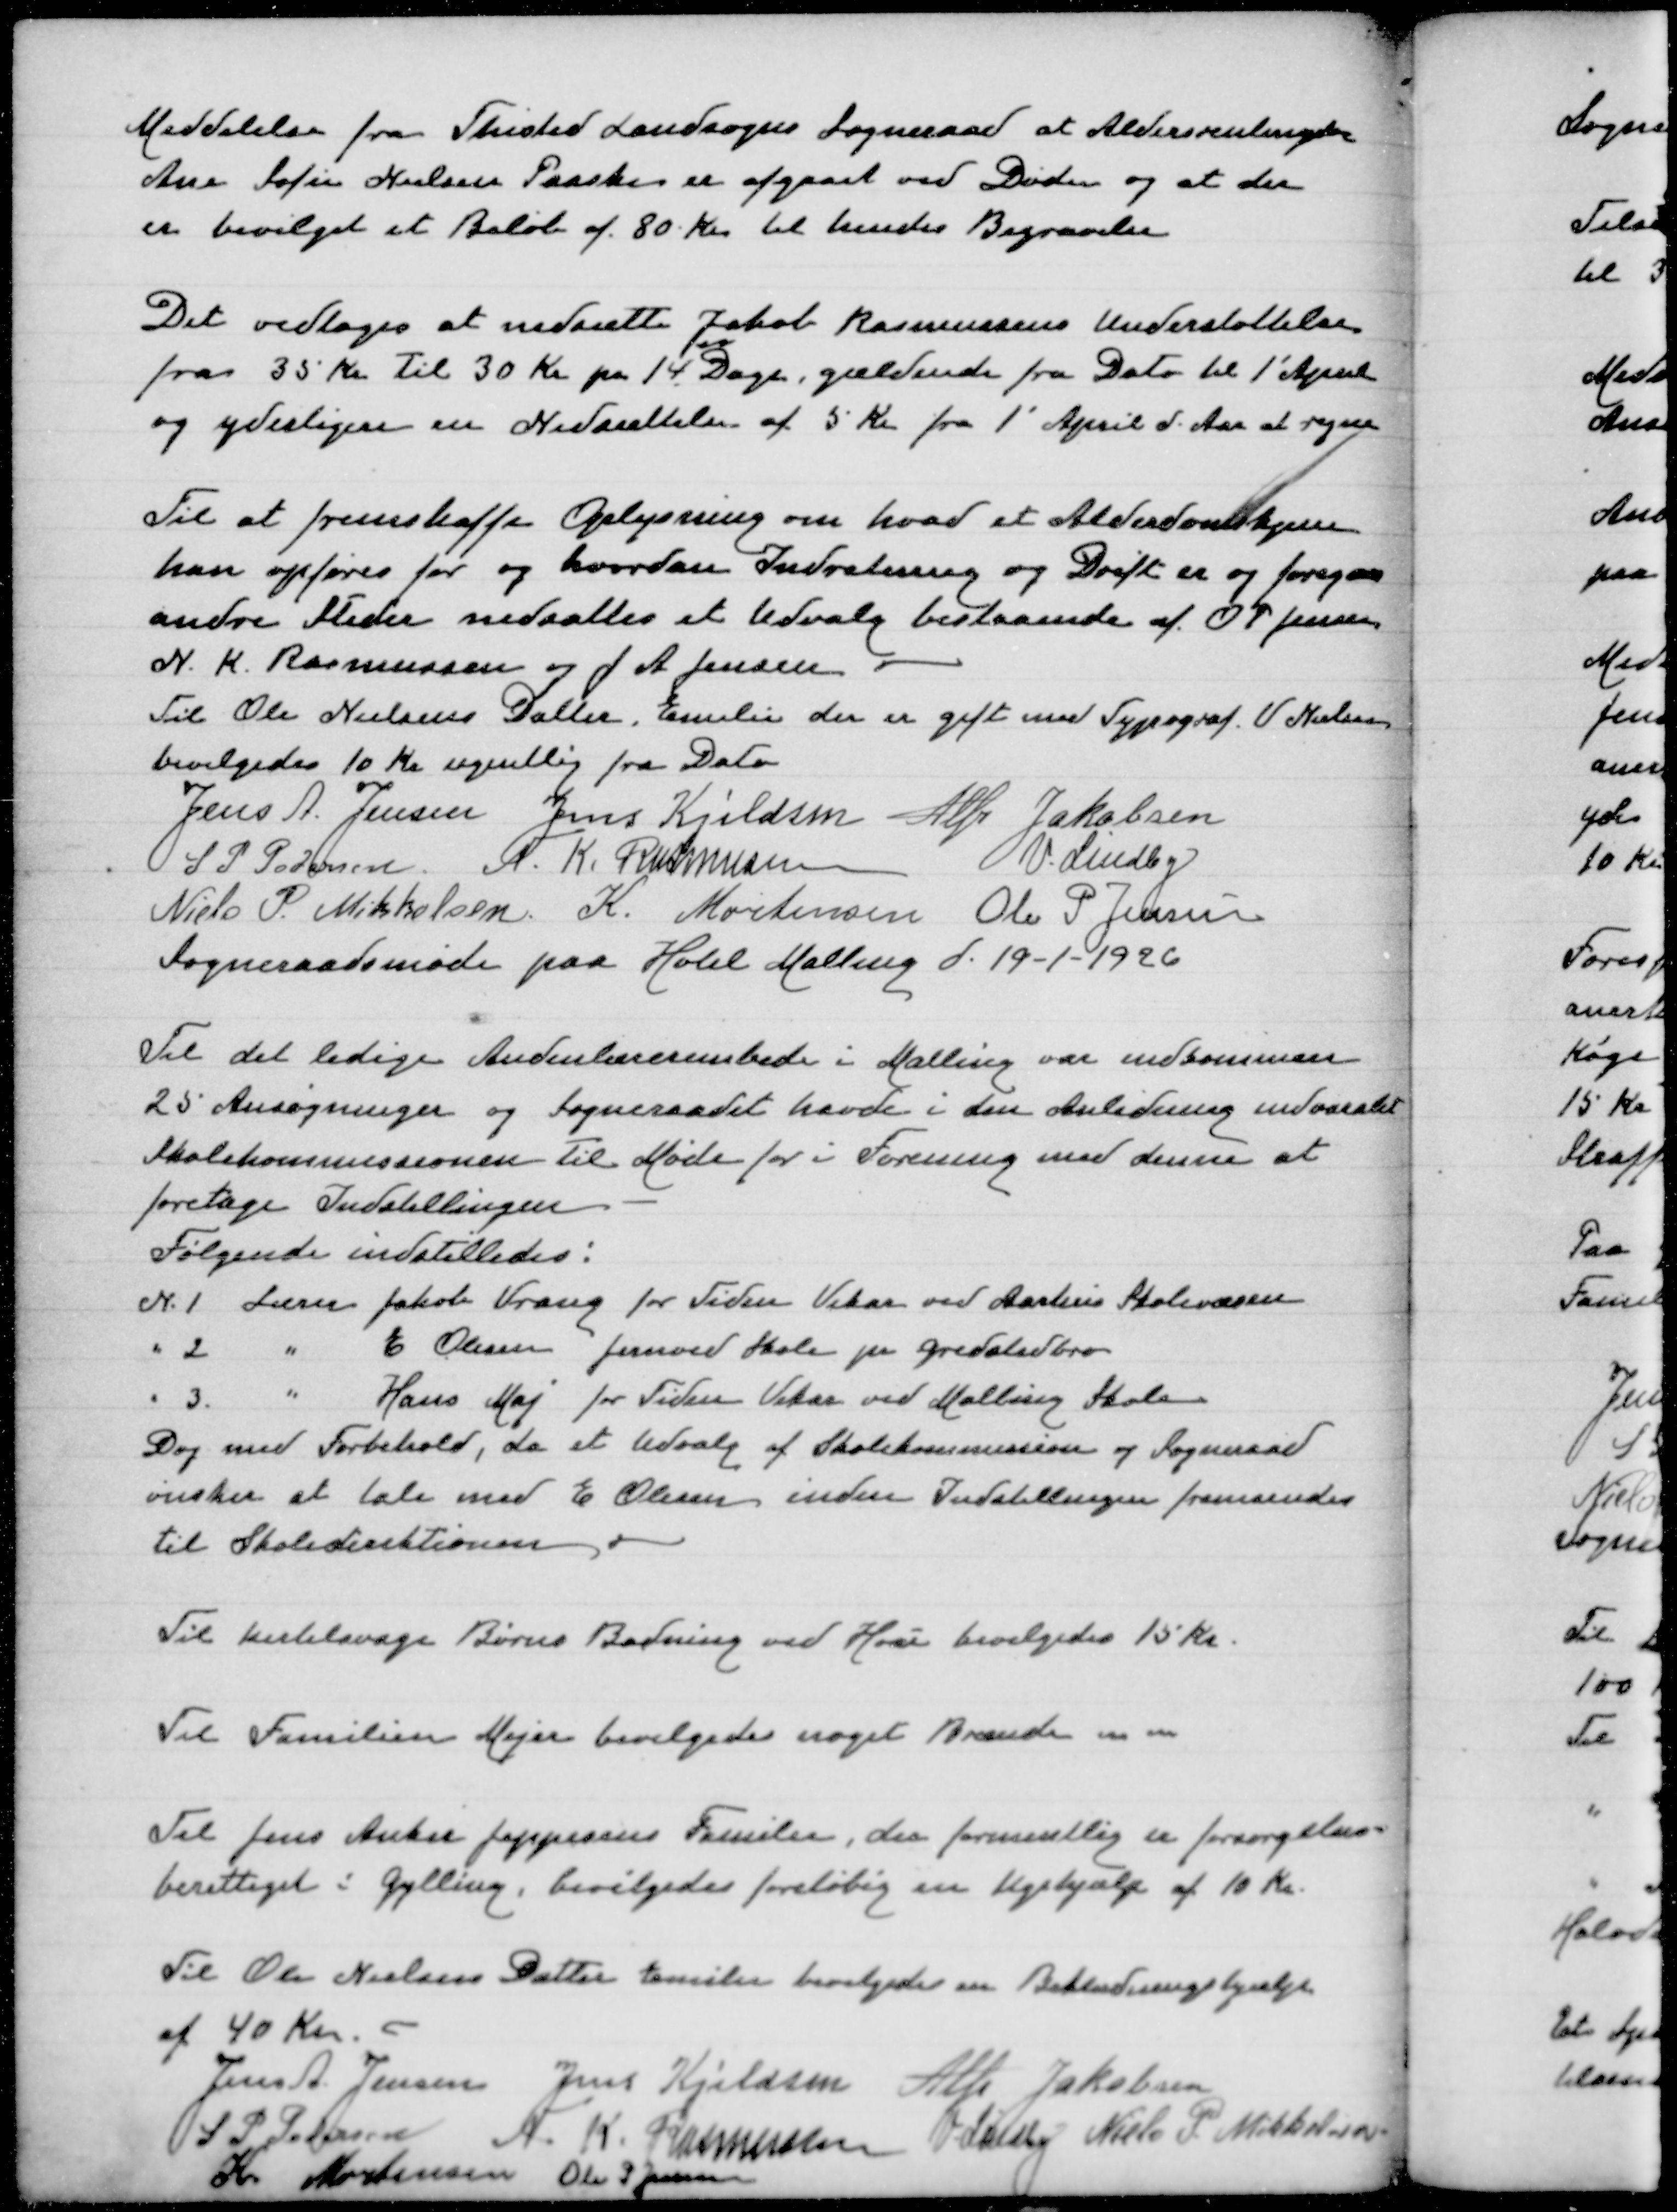
Transskription:
Meddelelse fra Thisted Landsogns Sogneraad at Aldersrentenyder
Ane Sofie Nielsen Paaske er afgaaet ved Døden og at der
er bevilget et Beløb af 80 Kr til hendes Begravelse
Det vedtogesat nedsætte Jakob Rasmussens Understøttelse
fra 35 Kr til 30 Kr pr 14 Dage, gældende fra Dato til 1' April
og yderligere en Nedsættelse af 5 Kr fra 1' April d Aar at regne
Til at fremskaffe Oplysning om hvad et Alderdomshjem
kan opføres for og hvordan Indretning og Drift er og foregaar
andre Steder nedsættes et Udvalg bestaaende af O P Jensen
N K Rasmussen og J A Jensen
Til Ole Nielsens Datter Emilie der er gift med Typograf V Nielsen
bevilgedes 10 Kr ugentlig fra Dato
Jens A Jensen
Jens Kjeldsen
Alfr Jakobsen
S P Pedersen
N K Rasmussen
V Lindby
Niels P Mikkelsen
K Mortensen
Ole P Jensen
Sogneraadsmøde paa Hotel Malling d 19-1-1926
Til de ledige Andelærerembede i Malling var indkommen
25 Ansøgninger og Sogneraadet havde i den Anledning indvarslet
Skolekommissionen til Møde for i Foreing med denne at
foretage Indstillingen
Følgende indstilledes:
N 1 Lærer Jakob Vrang for Tiden Vikar vedAarhus Skolevæsen
" 2 " E Olesen Jensved Skole pr Gredalsbro
" 3 " Hans Maj for Tiden Vikar ved Malling Skole
Dog med Forbehold, da et Udvalg af Skolekommission og Sogneraad
ønsker at tale med E Olesen inden Indstillingen fremsendes
til Skoledirektionen
Til Kirtelsvage Børns Badning ved Hou bevilgedes 15 Kr
Til Familien Mejer bevilgedes noget Brændsel m m
Til Jens Anker Jeppesens Familie, der formentlig er forsørgelses=
berettiget i Gylling bevilgedes en Ugehjælp af 10 Kr
Til Ole Nielsens Datter Emilie bevilgedes en Beklædningshjælp
af 40 Kr
Jens A Jensen
Jens Kjeldsen
Alfr Jakobsen
S P Pedersen
N K Rasmussen
V Lindby
Niels P Mikkelsen
K Mortensen
Ole P Jensen